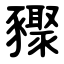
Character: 䝒